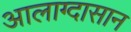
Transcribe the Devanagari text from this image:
आलाग्दासान